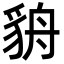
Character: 貈